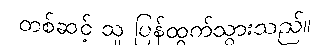
တစ်ဆင့် သူ ပြန်ထွက်သွားသည်။